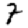
Digit: 7